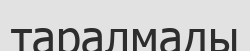
таралмады